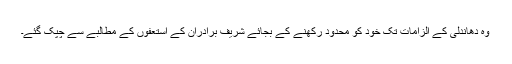
وہ دھاندلی کے الزامات تک خود کو محدود رکھنے کے بجائے شریف برادران کے استعفوں کے مطالبے سے چپک گئے۔